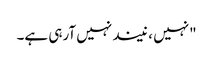
"نہیں ، نیند نہیں آرہی ہے۔